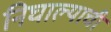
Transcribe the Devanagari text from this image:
निघाल्याची